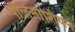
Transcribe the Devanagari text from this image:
पोलेनीशियन